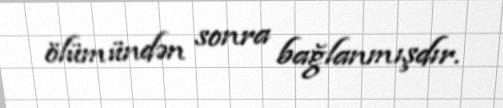
ölümündən sonra bağlanmışdır.